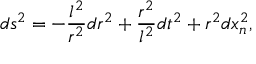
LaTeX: d s ^ { 2 } = - \frac { l ^ { 2 } } { r ^ { 2 } } d r ^ { 2 } + \frac { r ^ { 2 } } { l ^ { 2 } } d t ^ { 2 } + r ^ { 2 } d x _ { n } ^ { 2 } ,